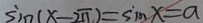
\sin ( x - 2 \pi ) = \sin x = a